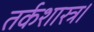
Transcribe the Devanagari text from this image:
तर्कशास्त्र।